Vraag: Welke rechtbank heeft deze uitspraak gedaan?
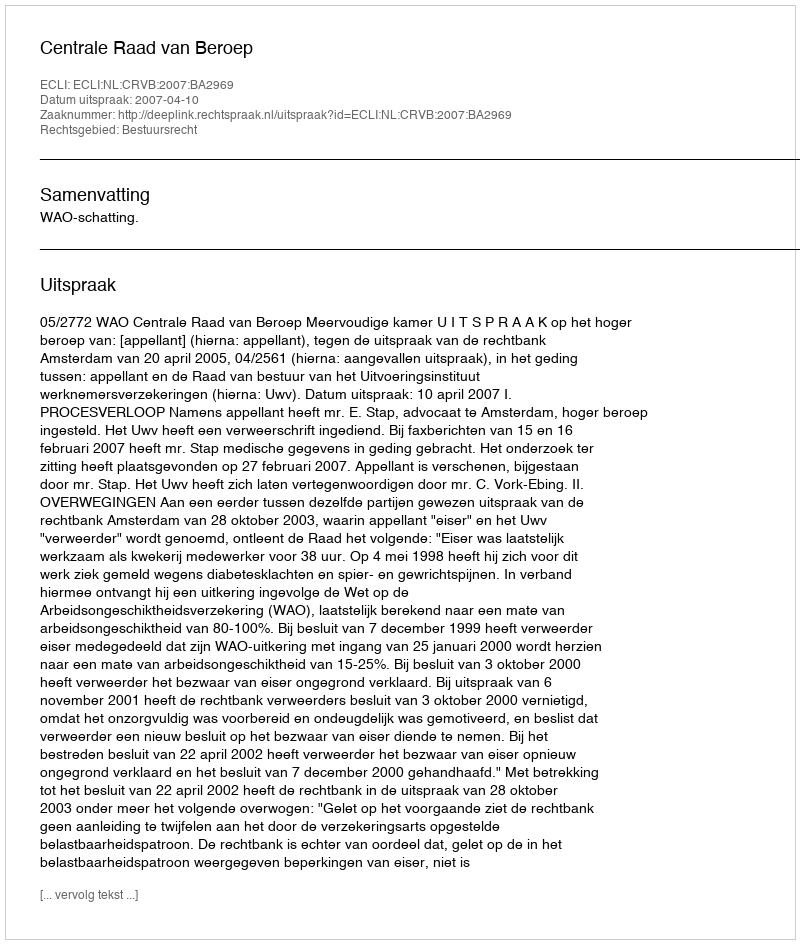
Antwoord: Centrale Raad van Beroep